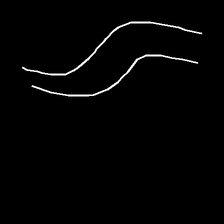
Glyph: float